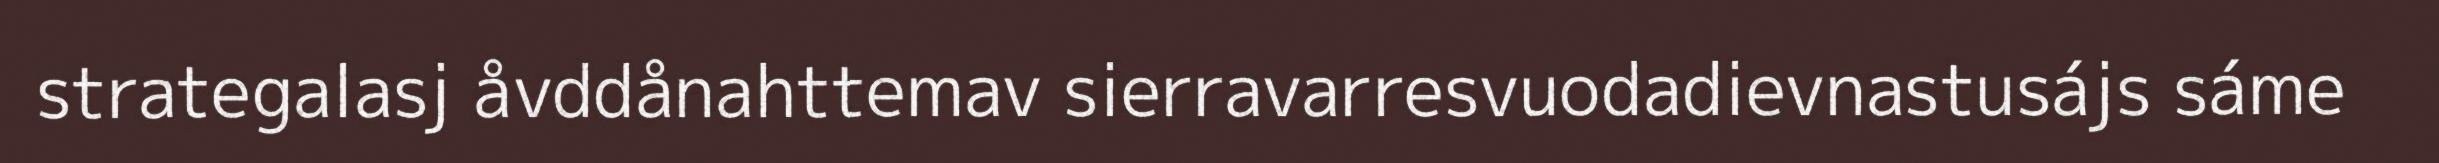
strategalasj åvddånahttemav sierravarresvuodadievnastusájs sáme